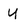
Character: y